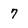
Character: 7